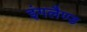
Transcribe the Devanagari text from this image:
इंगलैण्‍ड